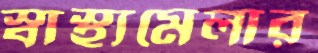
স্বাস্থ্যমেলার